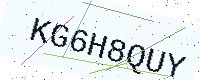
Text: KG6H8QUY